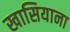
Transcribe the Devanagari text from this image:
खासियाना